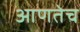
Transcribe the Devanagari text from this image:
आणतेच